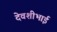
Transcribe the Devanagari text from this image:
देवशीभाई